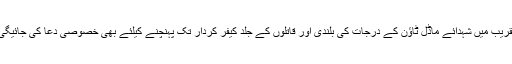
تقریب میں شہدائے ماڈل ٹاؤن کے درجات کی بلندی اور قاتلوں کے جلد کیفر کردار تک پہنچنے کیلئے بھی خصوصی دعا کی جائیگی۔